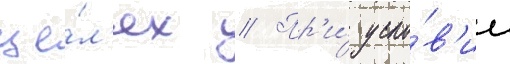
це́л'ях // Пр'и́ усло́в'ии